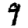
Digit: 9